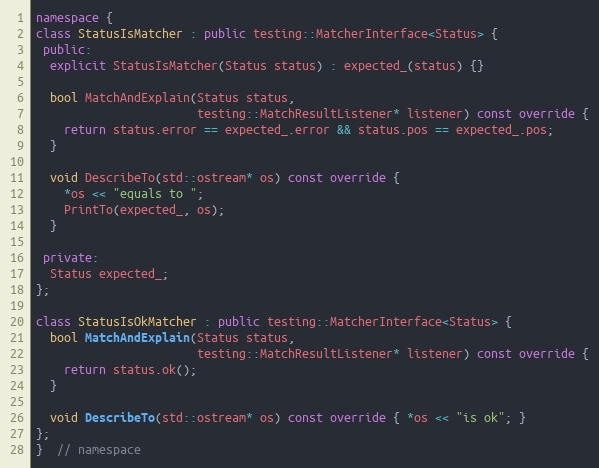
Language: C++
namespace {
class StatusIsMatcher : public testing::MatcherInterface<Status> {
 public:
  explicit StatusIsMatcher(Status status) : expected_(status) {}

  bool MatchAndExplain(Status status,
                       testing::MatchResultListener* listener) const override {
    return status.error == expected_.error && status.pos == expected_.pos;
  }

  void DescribeTo(std::ostream* os) const override {
    *os << "equals to ";
    PrintTo(expected_, os);
  }

 private:
  Status expected_;
};

class StatusIsOkMatcher : public testing::MatcherInterface<Status> {
  bool MatchAndExplain(Status status,
                       testing::MatchResultListener* listener) const override {
    return status.ok();
  }

  void DescribeTo(std::ostream* os) const override { *os << "is ok"; }
};
}  // namespace